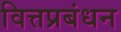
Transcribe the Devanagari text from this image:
वित्तप्रबंधन